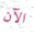
الآن